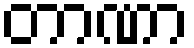
တာဏာ